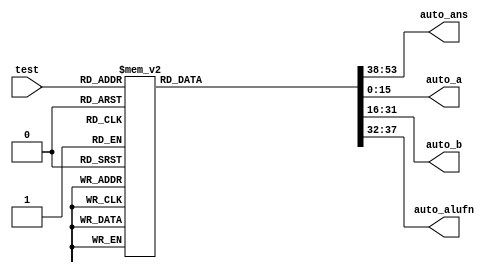
/*
   This file was generated automatically by Alchitry Labs version 1.2.7.
   Do not edit this file directly. Instead edit the original Lucid source.
   This is a temporary file and any changes made to it will be destroyed.
*/

module autotester_rom_22 (
    input [5:0] test,
    output reg [15:0] auto_ans,
    output reg [15:0] auto_a,
    output reg [15:0] auto_b,
    output reg [5:0] auto_alufn
  );
  
  
  
  localparam Z_A = 16'h0c2b;
  
  localparam Z_B = 16'h0000;
  
  localparam Z = 16'h0c2b;
  
  localparam I_A = 16'h0000;
  
  localparam I_B = 16'h0c2b;
  
  localparam I = 16'h0c2b;
  
  localparam II_A = 16'h0c2b;
  
  localparam II_B = 16'h13d7;
  
  localparam II = 16'h2002;
  
  localparam III_A = 16'h7fff;
  
  localparam III_B = 16'h7fff;
  
  localparam III = 16'hfffe;
  
  localparam IV_A = 16'h13d7;
  
  localparam IV_B = 16'h0000;
  
  localparam IV = 16'h13d7;
  
  localparam V_A = 16'h0000;
  
  localparam V_B = 16'h13d7;
  
  localparam V = 16'hec29;
  
  localparam VI_A = 16'h13d7;
  
  localparam VI_B = 16'h3c2a;
  
  localparam VI = 16'hd7ad;
  
  localparam VII_A = 16'h0000;
  
  localparam VII_B = 16'h7fff;
  
  localparam VII = 16'h8001;
  
  localparam VIII_A = 16'h34d3;
  
  localparam VIII_B = 16'h0000;
  
  localparam VIII = 16'h0000;
  
  localparam IX_A = 16'h34d3;
  
  localparam IX_B = 16'h0001;
  
  localparam IX = 16'h34d3;
  
  localparam X_A = 16'h34d3;
  
  localparam X_B = 16'h59ad;
  
  localparam X = 16'h0d97;
  
  localparam XI_A = 16'hff0f;
  
  localparam XI_B = 16'hf00a;
  
  localparam XI = 16'h0696;
  
  localparam XII_A = 16'hd9ad;
  
  localparam XII_B = 16'h0000;
  
  localparam XII = 16'h0000;
  
  localparam XIII_A = 16'hd9ad;
  
  localparam XIII_B = 16'hffff;
  
  localparam XIII = 16'hd9ad;
  
  localparam XIV_A = 16'hd9ad;
  
  localparam XIV_B = 16'hd9ad;
  
  localparam XIV = 16'hd9ad;
  
  localparam XV_A = 16'hd9ad;
  
  localparam XV_B = 16'h2652;
  
  localparam XV = 16'h0000;
  
  localparam XVI_A = 16'hd9ad;
  
  localparam XVI_B = 16'h0000;
  
  localparam XVI = 16'hd9ad;
  
  localparam XVII_A = 16'hd9ad;
  
  localparam XVII_B = 16'hffff;
  
  localparam XVII = 16'hffff;
  
  localparam XVIII_A = 16'hd9ad;
  
  localparam XVIII_B = 16'hd9ad;
  
  localparam XVIII = 16'hd9ad;
  
  localparam XIX_A = 16'hd9ad;
  
  localparam XIX_B = 16'h0000;
  
  localparam XIX = 16'hd9ad;
  
  localparam XX_A = 16'hd9ad;
  
  localparam XX_B = 16'hd9ad;
  
  localparam XX = 16'h0000;
  
  localparam XXI_A = 16'hd9ad;
  
  localparam XXI_B = 16'h2652;
  
  localparam XXI = 16'hffff;
  
  localparam XXII_A = 16'hd9ad;
  
  localparam XXII_B = 16'h0000;
  
  localparam XXII = 16'hd9ad;
  
  localparam XXIII_A = 16'h0029;
  
  localparam XXIII_B = 16'h0002;
  
  localparam XXIII = 16'h00a4;
  
  localparam XXIV_A = 16'h0029;
  
  localparam XXIV_B = 16'h0000;
  
  localparam XXIV = 16'h0029;
  
  localparam XXV_A = 16'h0029;
  
  localparam XXV_B = 16'h000f;
  
  localparam XXV = 16'h8000;
  
  localparam XXVI_A = 16'h0029;
  
  localparam XXVI_B = 16'h0002;
  
  localparam XXVI = 16'h000a;
  
  localparam XXVII_A = 16'h8000;
  
  localparam XXVII_B = 16'h0000;
  
  localparam XXVII = 16'h8000;
  
  localparam XXVIII_A = 16'h8000;
  
  localparam XXVIII_B = 16'h000f;
  
  localparam XXVIII = 16'h0001;
  
  localparam XXIX_A = 16'h5200;
  
  localparam XXIX_B = 16'h0003;
  
  localparam XXIX = 16'h0a40;
  
  localparam XXX_A = 16'hd200;
  
  localparam XXX_B = 16'h0003;
  
  localparam XXX = 16'hfa40;
  
  localparam XXXI_A = 16'h000a;
  
  localparam XXXI_B = 16'h000a;
  
  localparam XXXI = 16'h0001;
  
  localparam XXXII_A = 16'h000a;
  
  localparam XXXII_B = 16'h000b;
  
  localparam XXXII = 16'h0000;
  
  localparam XXXIII_A = 16'h0004;
  
  localparam XXXIII_B = 16'h0008;
  
  localparam XXXIII = 16'h0001;
  
  localparam XXXIV_A = 16'h0004;
  
  localparam XXXIV_B = 16'h0002;
  
  localparam XXXIV = 16'h0000;
  
  localparam XXXV_A = 16'h0004;
  
  localparam XXXV_B = 16'h0004;
  
  localparam XXXV = 16'h0000;
  
  localparam XXXVI_A = 16'h0004;
  
  localparam XXXVI_B = 16'h0008;
  
  localparam XXXVI = 16'h0001;
  
  localparam XXXVII_A = 16'h0004;
  
  localparam XXXVII_B = 16'h0004;
  
  localparam XXXVII = 16'h0001;
  
  localparam XXXVIII_A = 16'h0004;
  
  localparam XXXVIII_B = 16'h0002;
  
  localparam XXXVIII = 16'h0000;
  
  localparam XXXIX_A = 16'h8421;
  
  localparam XXXIX_B = 16'h0000;
  
  localparam XXXIX = 16'h8421;
  
  localparam XXXX_A = 16'h8421;
  
  localparam XXXX_B = 16'h0008;
  
  localparam XXXX = 16'h2184;
  
  localparam XXXXI_A = 16'h1248;
  
  localparam XXXXI_B = 16'h0000;
  
  localparam XXXXI = 16'h1248;
  
  localparam XXXXII_A = 16'h1248;
  
  localparam XXXXII_B = 16'h0008;
  
  localparam XXXXII = 16'h4812;
  
  localparam ADD = 6'h00;
  
  localparam SUB = 6'h01;
  
  localparam MUL = 6'h02;
  
  localparam AND = 6'h18;
  
  localparam OR = 6'h1e;
  
  localparam XOR = 6'h16;
  
  localparam A = 6'h1a;
  
  localparam SHL = 6'h20;
  
  localparam SHR = 6'h23;
  
  localparam SRA = 6'h23;
  
  localparam CMPEQ = 6'h33;
  
  localparam CMPLT = 6'h35;
  
  localparam CMPLE = 6'h37;
  
  localparam RTL = 6'h28;
  
  localparam RTR = 6'h2c;
  
  always @* begin
    
    case (test)
      6'h00: begin
        auto_a = 16'h0c2b;
        auto_b = 16'h0000;
        auto_alufn = 6'h00;
        auto_ans = 16'h0c2b;
      end
      6'h01: begin
        auto_a = 16'h0000;
        auto_b = 16'h0c2b;
        auto_alufn = 6'h00;
        auto_ans = 16'h0c2b;
      end
      6'h02: begin
        auto_a = 16'h0c2b;
        auto_b = 16'h13d7;
        auto_alufn = 6'h00;
        auto_ans = 16'h2002;
      end
      6'h03: begin
        auto_a = 16'h7fff;
        auto_b = 16'h7fff;
        auto_alufn = 6'h00;
        auto_ans = 16'hfffe;
      end
      6'h04: begin
        auto_a = 16'h13d7;
        auto_b = 16'h0000;
        auto_alufn = 6'h01;
        auto_ans = 16'h13d7;
      end
      6'h05: begin
        auto_a = 16'h0000;
        auto_b = 16'h13d7;
        auto_alufn = 6'h01;
        auto_ans = 16'hec29;
      end
      6'h06: begin
        auto_a = 16'h13d7;
        auto_b = 16'h3c2a;
        auto_alufn = 6'h01;
        auto_ans = 16'hd7ad;
      end
      6'h07: begin
        auto_a = 16'h0000;
        auto_b = 16'h7fff;
        auto_alufn = 6'h01;
        auto_ans = 16'h8001;
      end
      6'h08: begin
        auto_a = 16'h34d3;
        auto_b = 16'h0000;
        auto_alufn = 6'h02;
        auto_ans = 16'h0000;
      end
      6'h09: begin
        auto_a = 16'h34d3;
        auto_b = 16'h0001;
        auto_alufn = 6'h02;
        auto_ans = 16'h34d3;
      end
      6'h0a: begin
        auto_a = 16'h34d3;
        auto_b = 16'h59ad;
        auto_alufn = 6'h02;
        auto_ans = 16'h0d97;
      end
      6'h0b: begin
        auto_a = 16'hff0f;
        auto_b = 16'hf00a;
        auto_alufn = 6'h02;
        auto_ans = 16'h0696;
      end
      6'h0c: begin
        auto_a = 16'hd9ad;
        auto_b = 16'h0000;
        auto_alufn = 6'h18;
        auto_ans = 16'h0000;
      end
      6'h0d: begin
        auto_a = 16'hd9ad;
        auto_b = 16'hffff;
        auto_alufn = 6'h18;
        auto_ans = 16'hd9ad;
      end
      6'h0e: begin
        auto_a = 16'hd9ad;
        auto_b = 16'hd9ad;
        auto_alufn = 6'h18;
        auto_ans = 16'hd9ad;
      end
      6'h0f: begin
        auto_a = 16'hd9ad;
        auto_b = 16'h2652;
        auto_alufn = 6'h18;
        auto_ans = 16'h0000;
      end
      6'h10: begin
        auto_a = 16'hd9ad;
        auto_b = 16'h0000;
        auto_alufn = 6'h1e;
        auto_ans = 16'hd9ad;
      end
      6'h11: begin
        auto_a = 16'hd9ad;
        auto_b = 16'hffff;
        auto_alufn = 6'h1e;
        auto_ans = 16'hffff;
      end
      6'h12: begin
        auto_a = 16'hd9ad;
        auto_b = 16'hd9ad;
        auto_alufn = 6'h1e;
        auto_ans = 16'hd9ad;
      end
      6'h13: begin
        auto_a = 16'hd9ad;
        auto_b = 16'h0000;
        auto_alufn = 6'h16;
        auto_ans = 16'hd9ad;
      end
      6'h14: begin
        auto_a = 16'hd9ad;
        auto_b = 16'hd9ad;
        auto_alufn = 6'h16;
        auto_ans = 16'h0000;
      end
      6'h15: begin
        auto_a = 16'hd9ad;
        auto_b = 16'h2652;
        auto_alufn = 6'h16;
        auto_ans = 16'hffff;
      end
      6'h16: begin
        auto_a = 16'hd9ad;
        auto_b = 16'h0000;
        auto_alufn = 6'h1a;
        auto_ans = 16'hd9ad;
      end
      6'h17: begin
        auto_a = 16'h0029;
        auto_b = 16'h0002;
        auto_alufn = 6'h20;
        auto_ans = 16'h00a4;
      end
      6'h18: begin
        auto_a = 16'h0029;
        auto_b = 16'h0000;
        auto_alufn = 6'h20;
        auto_ans = 16'h0029;
      end
      6'h19: begin
        auto_a = 16'h0029;
        auto_b = 16'h000f;
        auto_alufn = 6'h20;
        auto_ans = 16'h8000;
      end
      6'h1a: begin
        auto_a = 16'h0029;
        auto_b = 16'h0002;
        auto_alufn = 6'h23;
        auto_ans = 16'h000a;
      end
      6'h1b: begin
        auto_a = 16'h8000;
        auto_b = 16'h0000;
        auto_alufn = 6'h23;
        auto_ans = 16'h8000;
      end
      6'h1c: begin
        auto_a = 16'h8000;
        auto_b = 16'h000f;
        auto_alufn = 6'h23;
        auto_ans = 16'h0001;
      end
      6'h1d: begin
        auto_a = 16'h5200;
        auto_b = 16'h0003;
        auto_alufn = 6'h23;
        auto_ans = 16'h0a40;
      end
      6'h1e: begin
        auto_a = 16'hd200;
        auto_b = 16'h0003;
        auto_alufn = 6'h23;
        auto_ans = 16'hfa40;
      end
      6'h1f: begin
        auto_a = 16'h000a;
        auto_b = 16'h000a;
        auto_alufn = 6'h33;
        auto_ans = 16'h0001;
      end
      6'h20: begin
        auto_a = 16'h000a;
        auto_b = 16'h000b;
        auto_alufn = 6'h33;
        auto_ans = 16'h0000;
      end
      6'h21: begin
        auto_a = 16'h0004;
        auto_b = 16'h0008;
        auto_alufn = 6'h35;
        auto_ans = 16'h0001;
      end
      6'h22: begin
        auto_a = 16'h0004;
        auto_b = 16'h0002;
        auto_alufn = 6'h35;
        auto_ans = 16'h0000;
      end
      6'h23: begin
        auto_a = 16'h0004;
        auto_b = 16'h0004;
        auto_alufn = 6'h35;
        auto_ans = 16'h0000;
      end
      6'h24: begin
        auto_a = 16'h0004;
        auto_b = 16'h0008;
        auto_alufn = 6'h37;
        auto_ans = 16'h0001;
      end
      6'h25: begin
        auto_a = 16'h0004;
        auto_b = 16'h0004;
        auto_alufn = 6'h37;
        auto_ans = 16'h0001;
      end
      6'h26: begin
        auto_a = 16'h0004;
        auto_b = 16'h0002;
        auto_alufn = 6'h37;
        auto_ans = 16'h0000;
      end
      6'h27: begin
        auto_a = 16'h8421;
        auto_b = 16'h0000;
        auto_alufn = 6'h28;
        auto_ans = 16'h8421;
      end
      6'h28: begin
        auto_a = 16'h8421;
        auto_b = 16'h0008;
        auto_alufn = 6'h28;
        auto_ans = 16'h2184;
      end
      6'h29: begin
        auto_a = 16'h1248;
        auto_b = 16'h0000;
        auto_alufn = 6'h2c;
        auto_ans = 16'h1248;
      end
      6'h2a: begin
        auto_a = 16'h1248;
        auto_b = 16'h0008;
        auto_alufn = 6'h2c;
        auto_ans = 16'h4812;
      end
      default: begin
        auto_a = 16'h0000;
        auto_b = 16'h0000;
        auto_alufn = 16'h0000;
        auto_ans = 16'h0000;
      end
    endcase
  end
endmodule